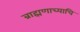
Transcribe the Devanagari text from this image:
ब्राह्मणाच्याचि